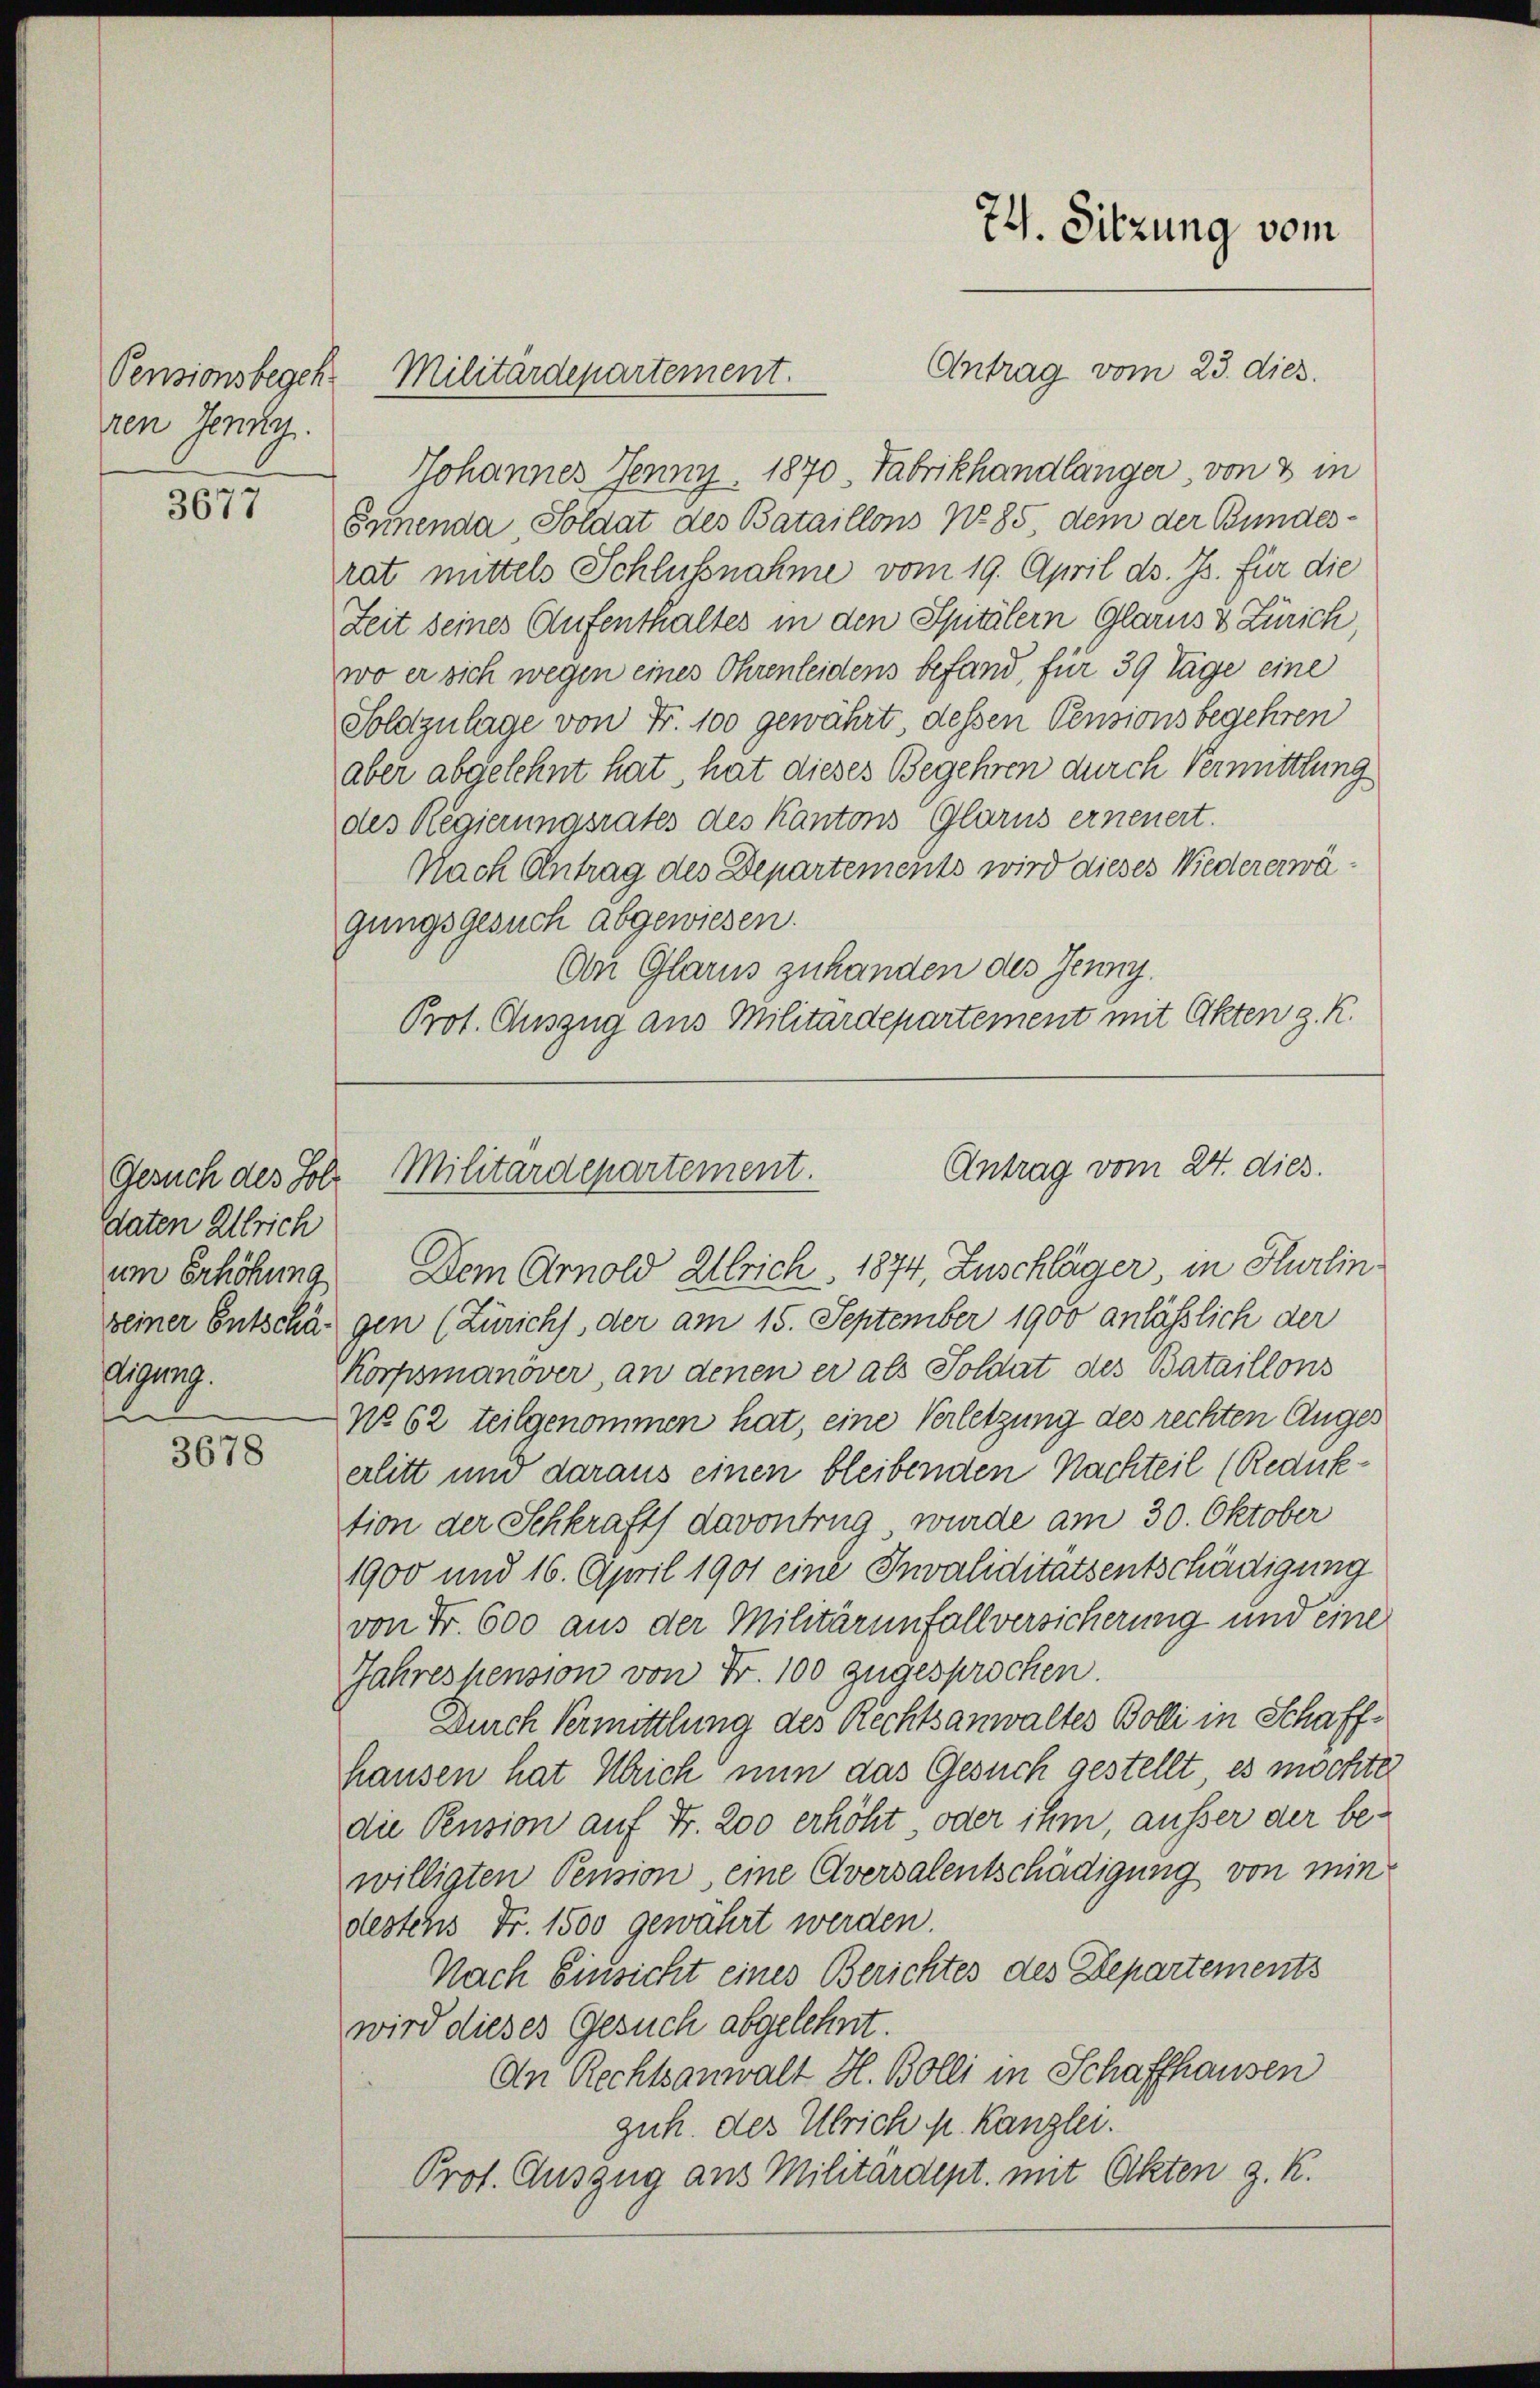
Pensionsbegeh
ren Jenny.

3077

Gesuch des Hol
daten Ullrich
um Erhöhung
digung.
e

3678

74. Sitzung vom
Antrag vom 23. dies.
Militärdepartement.

Johannes Jenny. 1870, Fabrikhandlänger, von 8 in
Ernenda, Soldat des Bataillons No 85 dem der Bundesrat mittels Schlussnahme vom 19. April d. Js. für die
Zeit seines Aufenthaltes in den Spitälern Glarus & Zürich,
wo er sich wegen eines Ohrenleidens befand, für 39 Tage eine
Soldzulage von Fr. 100 gewährt, dessen Pensionsbegehren
aber abgelehnt hat, hat dieses Begehren durch Vermittlung
des Regierungsrates des Kantons Glarus erneuert.
Nach Antrag des Departements wird dieses Wiedererwägungsgesuch abgewiesen.
An Glarus zuhanden des Jenny.
Prot. Auszug aus Militärdepartement mit Akten z. R.

Dem Arnold Ulrich, 1874, Zuschläger, in Hurlin
seiner Entschägen (Zürichs, der am 15. September 1900 anlässlich der
Korpsmanöver, an denen er als Soldat des Bataillons
No 62 teilgenommen hat, eine Verletzung des rechten Auges
erlitt und daraus einen bleibenden Nachteil (Redicktion der Schkraft davontrug, wurde am 30. Oktober
1900 und 16. April 1901 eine Invaliditätsentschädigung
von Fr. 600 aus der Militärinfallversicherung und eine
Jahrespension von Fr. 100 zugesprochen.
Durch Vermittlung des Rechtsanwaltes Bolli in Schaff¬
Hausen hat Ulrich nun das Gesuch gestellt, es möchte
die Pension auf Fr. 200 erhöht, oder ihm, ausser der bewilligten Pension, eine Aversalentschädigung von mindestens Fr. 1500 gewährt werden.
Nach Einsicht eines Berichtes des Departements
wird dieses Gesuch abgelehnt.
An Rechtsanwalt H. Bolli in Schaffhausen
guh. des Ulrich p. Kanzlei.
Prof. Auszug aus Militärdept. mit Akten z. R.

Antrag vom 24. dies.
Militärdepartement.